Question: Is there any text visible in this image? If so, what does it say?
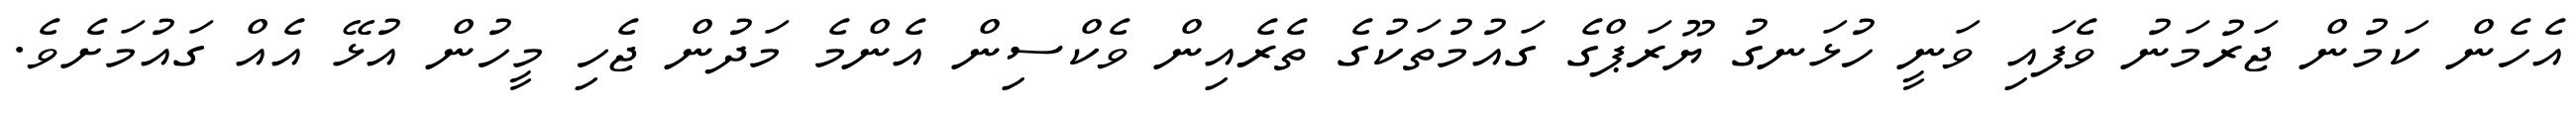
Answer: އެހެން ކަމުން ޖަރުމަނު ވެފައި ވަނީ ހުޅަނގު ޔޫރަޕްގެ ގައުމުތަކުގެ ތެރެއިން ވެކްސިން އެންމެ މަދުން ޖެހި މީހުން އުޅޭ އެއް ގައުމަށެވެ.